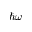
\hbar \omega